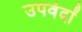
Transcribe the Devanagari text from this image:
उपवेदाें